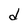
Character: d